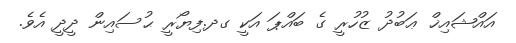
އައްޝައިޚް ޢަބުދު ޒުހުރީ ގެ ބައްޕަ އަކީ ގދ.ފިޔޯރީ ޙުސައިން ދީދީ އެވެ.